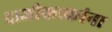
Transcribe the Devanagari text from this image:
दाजीकाकांना